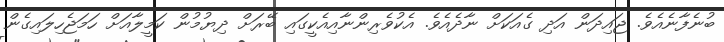
ބުނެފާނެއެވެ. ޖައިދަން އަދި ގެއަކަށް ނާދެއެވެ. އެކުވެރިންނާއިއެކީގައި ބޭރަށް ދިޔުމުން ކަމީލާއަށް ހަމަޖެހިލައިގެން